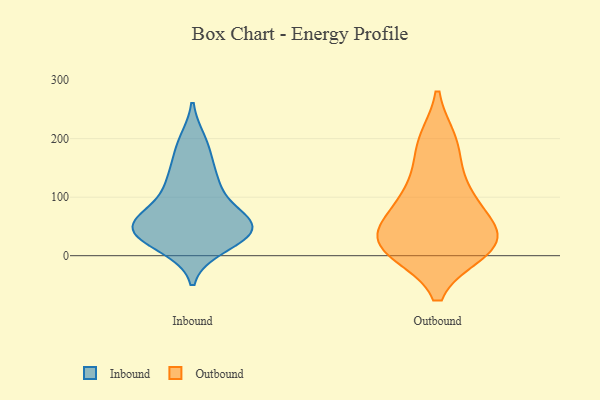
{"axis": {"x": "Temperature (°C)", "y": "Value"}, "legend": ["Inbound", "Outbound"], "data": [{"x": "", "y": 69, "type": "Inbound"}, {"x": "", "y": 18, "type": "Inbound"}, {"x": "", "y": 34, "type": "Inbound"}, {"x": "", "y": 181, "type": "Inbound"}, {"x": "", "y": 193, "type": "Inbound"}, {"x": "", "y": 131, "type": "Inbound"}, {"x": "", "y": 59, "type": "Inbound"}, {"x": "", "y": 55, "type": "Inbound"}, {"x": "", "y": 32, "type": "Inbound"}, {"x": "", "y": 53, "type": "Inbound"}, {"x": "", "y": 40, "type": "Inbound"}, {"x": "", "y": 119, "type": "Inbound"}, {"x": "", "y": 46, "type": "Inbound"}, {"x": "", "y": 52, "type": "Inbound"}, {"x": "", "y": 124, "type": "Inbound"}, {"x": "", "y": 125, "type": "Outbound"}, {"x": "", "y": 10, "type": "Outbound"}, {"x": "", "y": 104, "type": "Outbound"}, {"x": "", "y": 194, "type": "Outbound"}, {"x": "", "y": 21, "type": "Outbound"}, {"x": "", "y": 24, "type": "Outbound"}, {"x": "", "y": 68, "type": "Outbound"}, {"x": "", "y": 74, "type": "Outbound"}, {"x": "", "y": 12, "type": "Outbound"}, {"x": "", "y": 190, "type": "Outbound"}, {"x": "", "y": 26, "type": "Outbound"}, {"x": "", "y": 24, "type": "Outbound"}]}